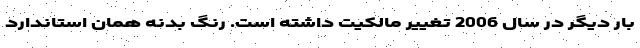
بار دیگر در سال 2006 تغییر مالکیت داشته است. رنگ بدنه همان استاندارد